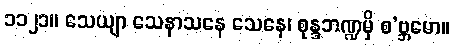
၁၁၂၁။ သေယျာ သေနာသနေ သေနေ၊ စုန္ဒဘဏ္ဍမှိ စ’ဗ္ဘမော။